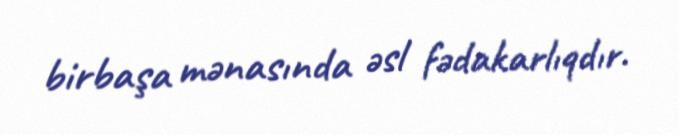
birbaşa mənasında əsl fədakarlıqdır.